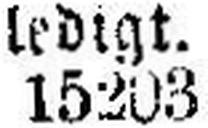
15203